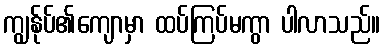
ကျွန်ုပ်၏ကျောမှာ ထပ်ကြပ်မကွာ ပါလာသည်။